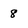
Character: 8